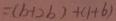
= ( b + 2 b ) + ( 1 + b )